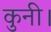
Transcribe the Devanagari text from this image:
कुनी।